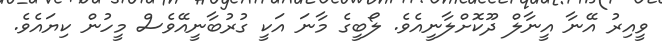
ވީއިރު އޭނާ އީނާލް ދޫކޮށްލާނީއެވެ. ލޯބީގެ މާނަ އަކީ ގުރުބާނީއޭވެސް މީހުން ކިޔައެވެ.